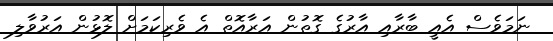
ނަމަވެސް އެއީ ބާރާއި އާރުގެ ގޮތުން އަރާއޮތް އެ ވެރިކަމަށް ލޮޅުން އަރުވާލި